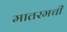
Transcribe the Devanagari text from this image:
मातरमची